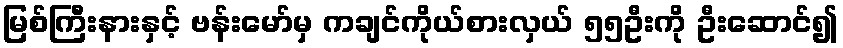
မြစ်ကြီးနားနှင့် ဗန်းမော်မှ ကချင်ကိုယ်စားလှယ် ၅၅ဦးကို ဦးဆောင်၍